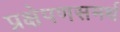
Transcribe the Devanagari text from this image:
प्रक्षेपणसमर्थ